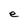
Character: e